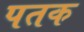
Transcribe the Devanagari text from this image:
पतक